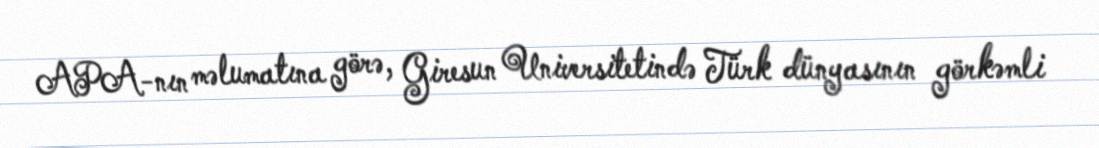
APA-nın məlumatına görə, Giresun Universitetində Türk dünyasının görkəmli